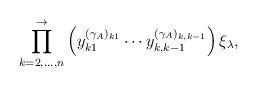
LaTeX: \begin{align*}\prod_{k=2,\dots,n}^\rightarrow \left(y_{k1}^{(\gamma_A)_{k1}}\cdots y_{k,k-1}^{(\gamma_A)_{k,k-1}}\right)\xi_\lambda,\end{align*}